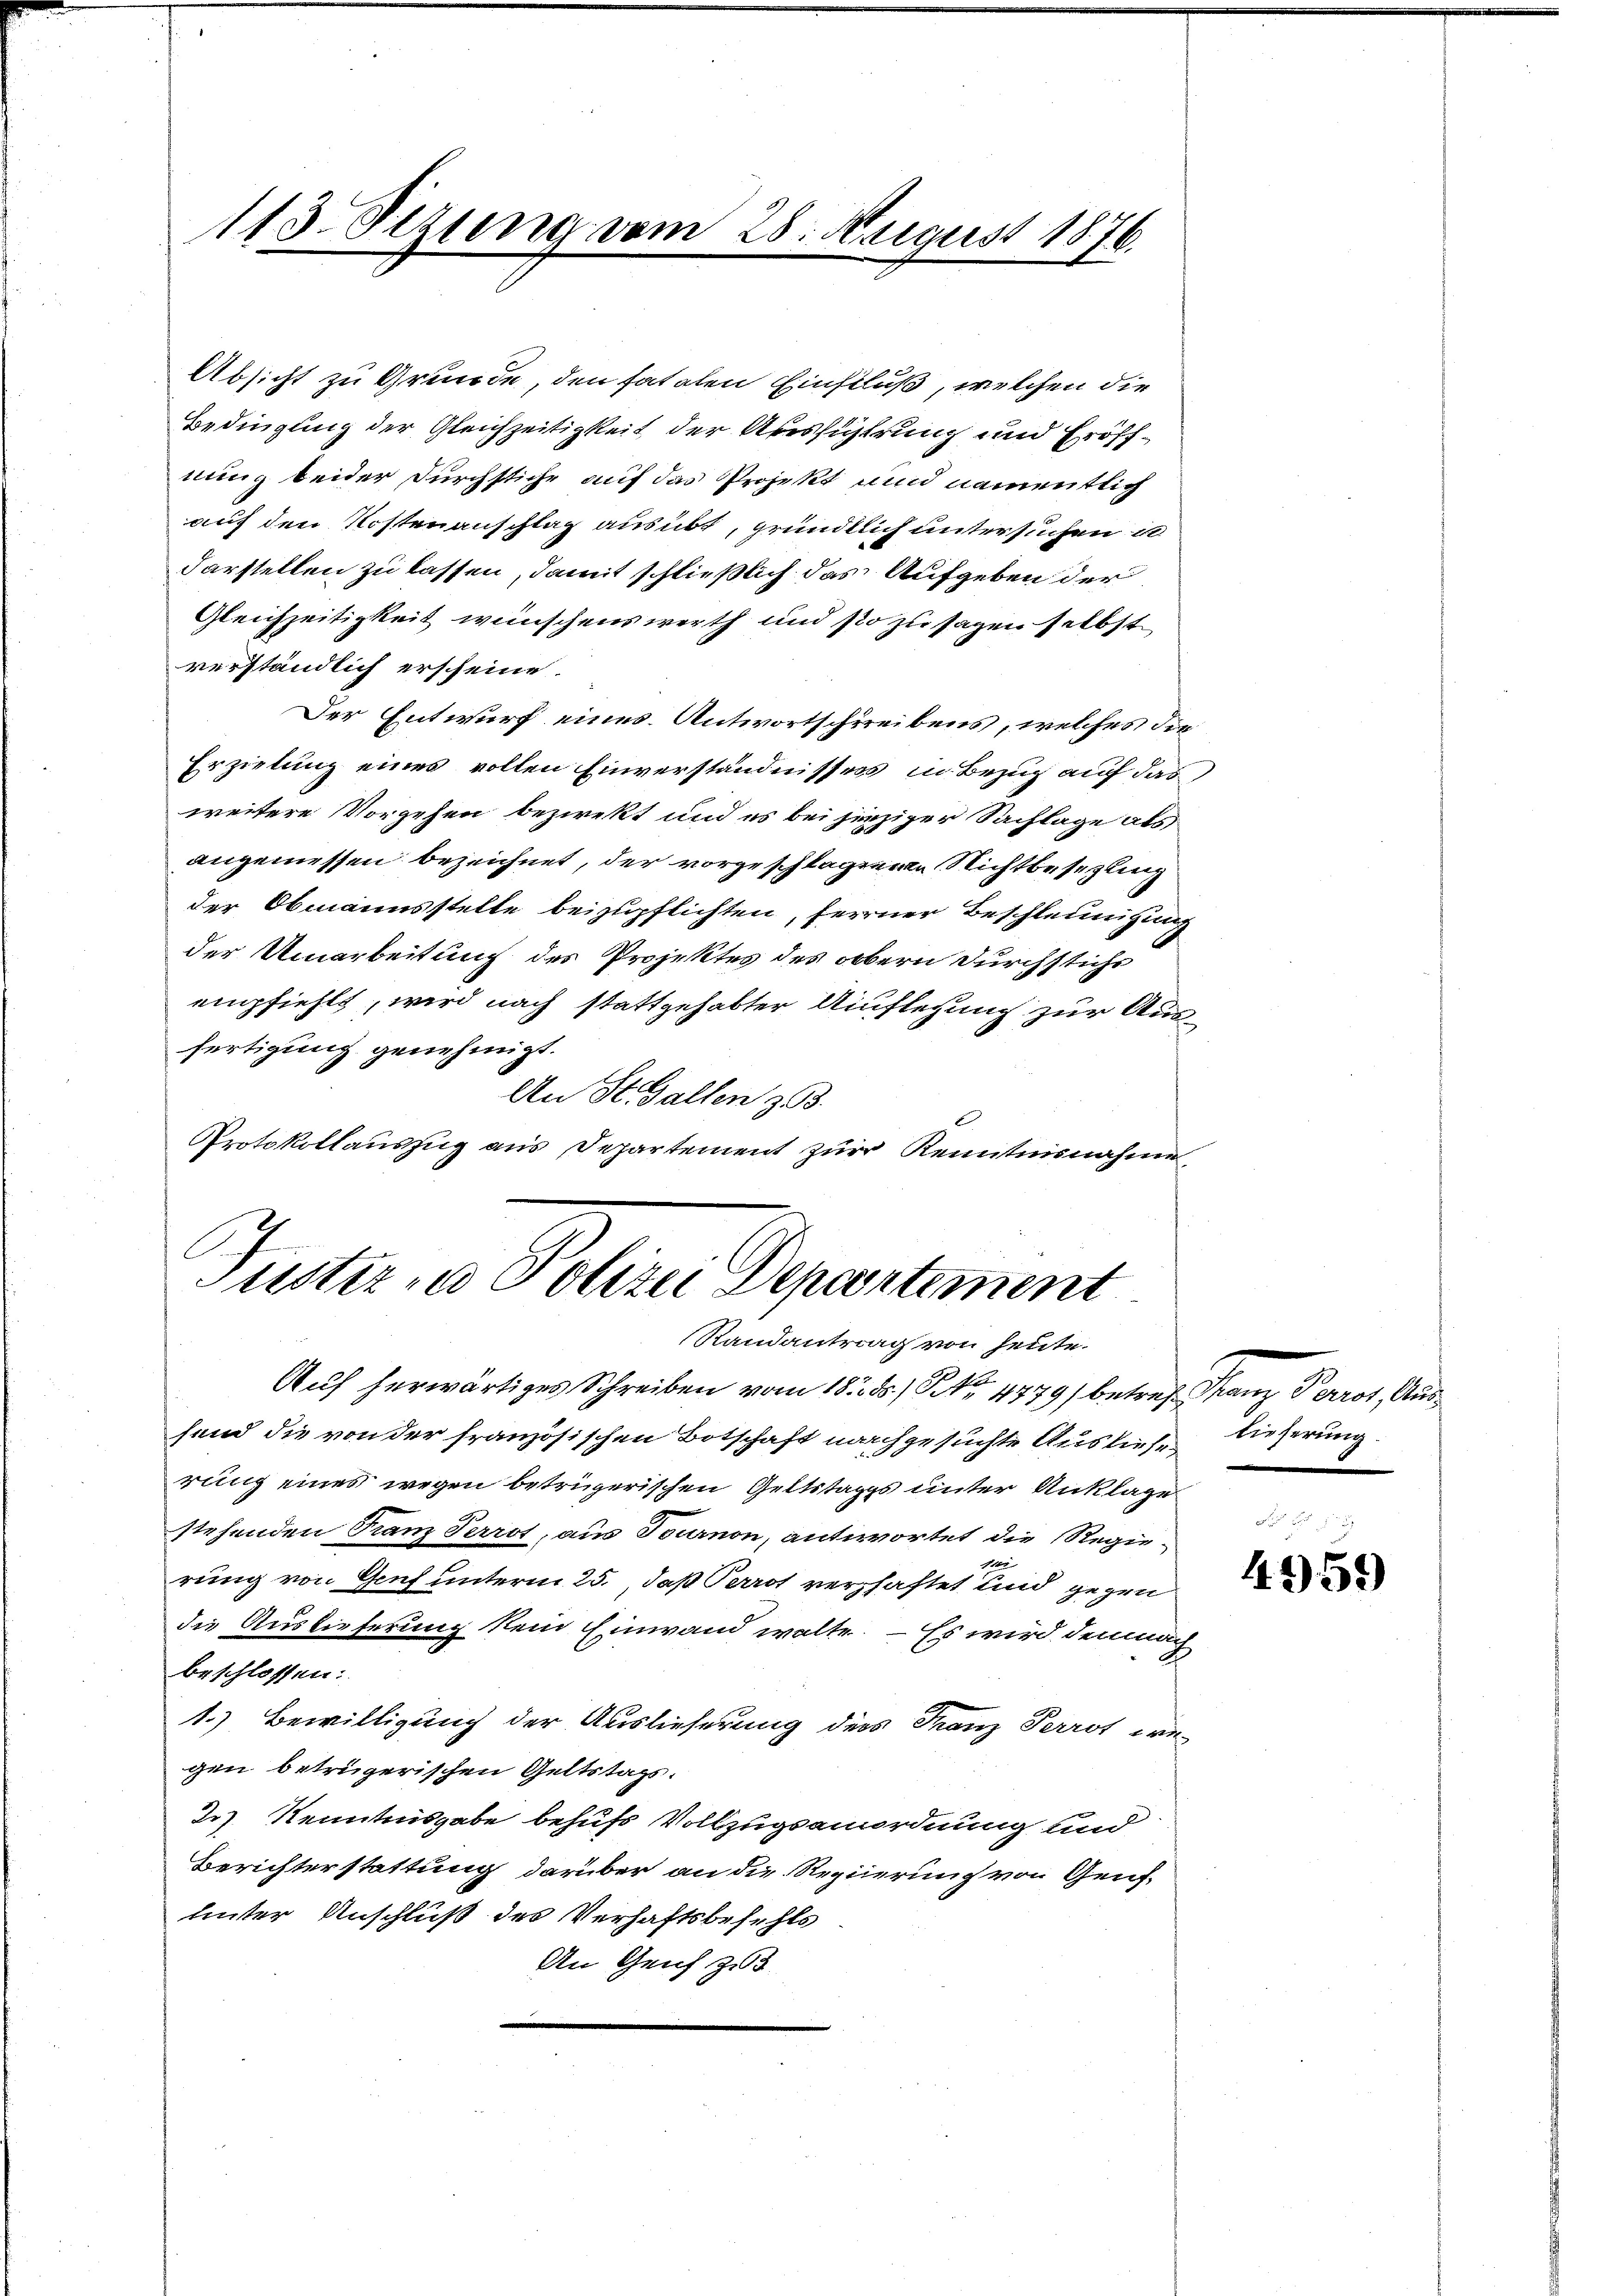
113. Setzung vom 28. August 1876.

Absicht zu Grunde, den fatalen Einfluß, welchen die
Bedingung der Gleichzeitigkeit der Aussicherung und Eröffnung beider Durchstiche auf das Projekt und namentlich
auf den Kostenanschlag ausübt, gründlich untersuchen i
darstellen zu lassen, damit schließlich das Aufgeben der
Gleichzeitigkeit wünschenswerth und so zu sagen selbst
verständlich erscheine.
Der Entwurf eines Antwortschreibens, welches die¬
Erzielung eines vollen Einverständnissess, in Bezug auf das
weitere Vorgehen bezirekt und es bei hinziger Sachlage als
angemessen bezeichnet, der vorgeschlagenen Nichtbesezling
der Obmannsstelle beizupflichten, ferner Beschleunigung
der Umarbeitung des Projektes des obern Durchstichs
empfiehlt, wird nach stattgehabter Auflegung zur Ausfertigung genehmigt.
An St. Gallen z
Protokollauszug aus Departement zur Kenntnisnahme,

A.
ustiz in Polizei Departement
Randantrag von heute.

Auf herwärtiges Schreiben vom 18. 8) S. 4779/ betref Franz Perrot, Aushend die von der französischen Botschaft nachgesuchte Auslief lieferung.
rung eines wegen betrügerischen Geltstages unter Anklage
stehenden Franz Perrot, aus Tournon, antwortet die Regie¬
1
rung von Genf unterm 25., daß Perrot verzhaftet und gegen
die Auslieferung kein Einwand walte. – Es wird demnach
beschlossen:
1.) Bewilligung der Auslieferung des Franz Perrot wegen betrügerischen Geltstags.
2.) Kenntnisgabe behufs Vollzugsanordnung und
Berichterstattung darüber an die Regierung von Genfunter Anschluß des Verhaftsbefehls
An Genf z

4959